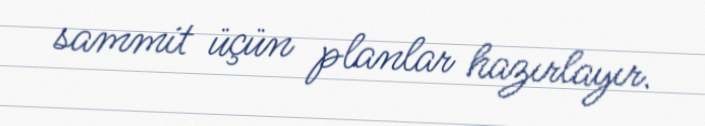
sammit üçün planlar hazırlayır.